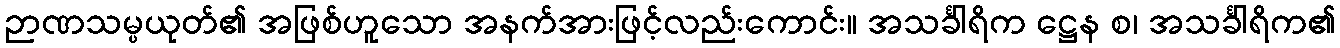
ဉာဏသမ္ပယုတ်၏ အဖြစ်ဟူသော အနက်အားဖြင့်လည်းကောင်း။ အသင်္ခါရိက ဋ္ဌေန စ၊ အသင်္ခါရိက၏